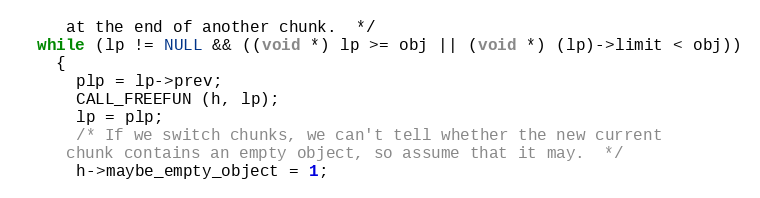
Language: C
     at the end of another chunk.  */
  while (lp != NULL && ((void *) lp >= obj || (void *) (lp)->limit < obj))
    {
      plp = lp->prev;
      CALL_FREEFUN (h, lp);
      lp = plp;
      /* If we switch chunks, we can't tell whether the new current
	 chunk contains an empty object, so assume that it may.  */
      h->maybe_empty_object = 1;